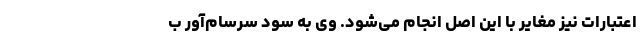
اعتبارات نیز مغایر با این اصل انجام می‌شود. وی به سود سرسام‌آور ب